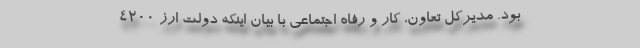
بود. مدیرکل تعاون، کار و رفاه اجتماعی با بیان اینکه دولت ارز 4200